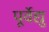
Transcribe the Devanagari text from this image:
पूर्वेद्यु